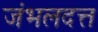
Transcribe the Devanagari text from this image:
जंभलदत्त